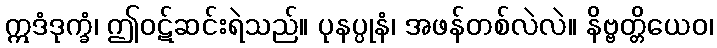
ဣဒံဒုက္ခံ၊ ဤဝဋ်ဆင်းရဲသည်။ ပုနပ္ပုနံ၊ အဖန်တစ်လဲလဲ။ နိဗ္ဗတ္တိယေဝ၊